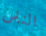
الناس